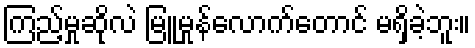
ကြည့်မှုဆိုလဲ မြူမှုန်လောက်တောင် မရှိခဲ့ဘူး။